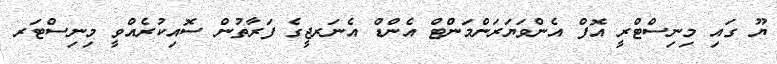
ޔޫ ގައި މިނިސްޓްރީ އޮފް އެންވަޔަރަންމަންޓް އެންޑް އެނަރޖީގެ ފަރާތުން ސޮއިކުރެއްވީ މިނިސްޓަރ